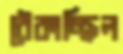
ঠেকাচ্ছিল